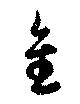
隹